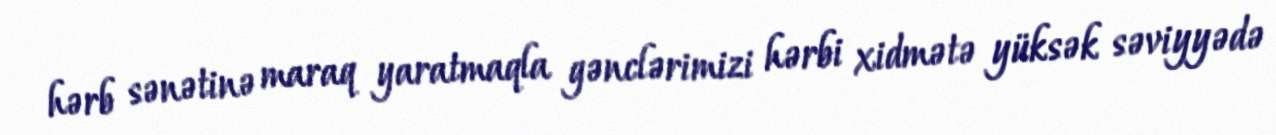
hərb sənətinə maraq yaratmaqla gənclərimizi hərbi xidmətə yüksək səviyyədə